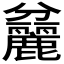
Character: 𪋨